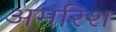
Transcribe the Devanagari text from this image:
अमरिश